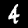
Digit: 4